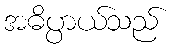
အဓိပ္ပာယ်သည်